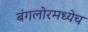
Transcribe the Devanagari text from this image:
बंगलोरमध्येच